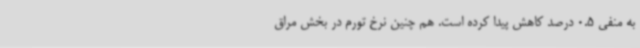
به منفی 0.5 درصد کاهش پیدا کرده است. هم چنین نرخ تورم در بخش مراق